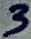
Text: 3